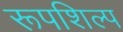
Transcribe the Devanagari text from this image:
रूपशिल्प